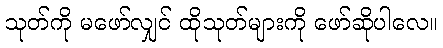
သုတ်ကို မဖော်လျှင် ထိုသုတ်များကို ဖော်ဆိုပါလေ။